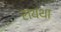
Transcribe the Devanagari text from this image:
रायथा